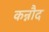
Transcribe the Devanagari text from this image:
कन्नौद